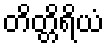
တိတ္တိရိယံ